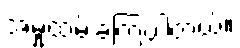
အမှုထမ်းခဲ့ကြပါတယ်။